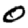
Digit: 0